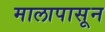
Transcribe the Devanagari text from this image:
मालापासून